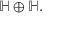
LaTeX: \mathbb { H } \oplus \mathbb { H } .